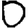
Digit: 0